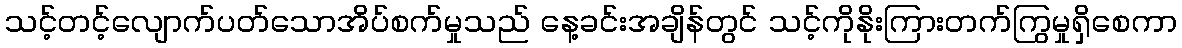
သင့်တင့်လျောက်ပတ်သောအိပ်စက်မှုသည် နေ့ခင်းအချိန်တွင် သင့်ကိုနိုးကြားတက်ကြွမှုရှိစေကာ